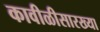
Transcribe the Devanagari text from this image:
कावीळीसारख्या